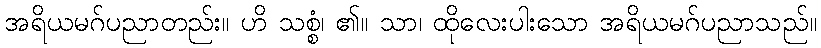
အရိယမဂ်ပညာတည်း။ ဟိ သစ္စံ၊ ၏။ သာ၊ ထိုလေးပါးသော အရိယမဂ်ပညာသည်။